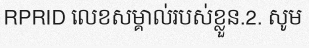
RPRID លេខសម្គាល់របស់ខ្លួន.2. សូម